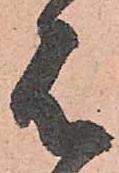
は